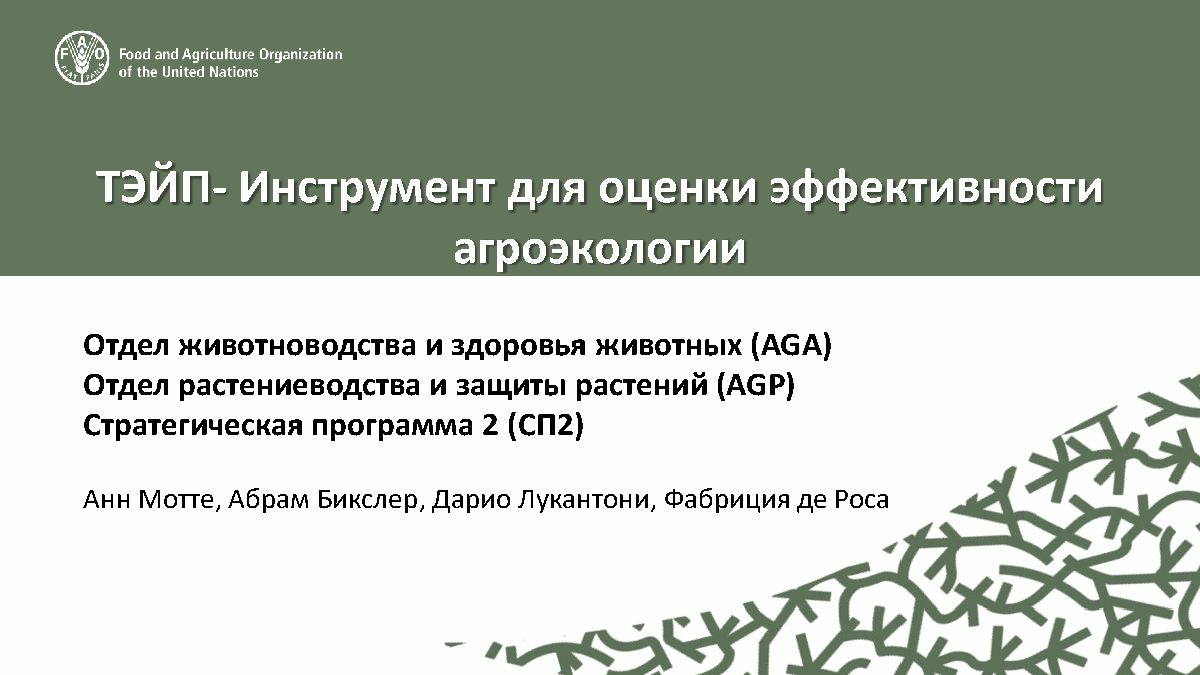
ТЭЙП-     Инструмент        для   оценки     эффективности
 агроэкологии
 Отдел животноводства  и здоровья животных   (AGA)
 Отдел растениеводства и защиты  растений (AGP)
 Стратегическая программа  2 (СП2)
 Анн Мотте, Абрам Бикслер, Дарио Лукантони, Фабриция де Роса